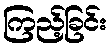
ကြည့်ခြင်း